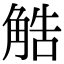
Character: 䚛